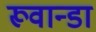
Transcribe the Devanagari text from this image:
रूवान्डा